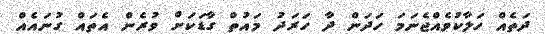
ދަތެއް ހަލާކުވެއްޖެނަމަ ހަދަން ދާ ހަރަދު މައުތް ގާޑަކަށް ވުރެން އެތައް ގުނައެއް